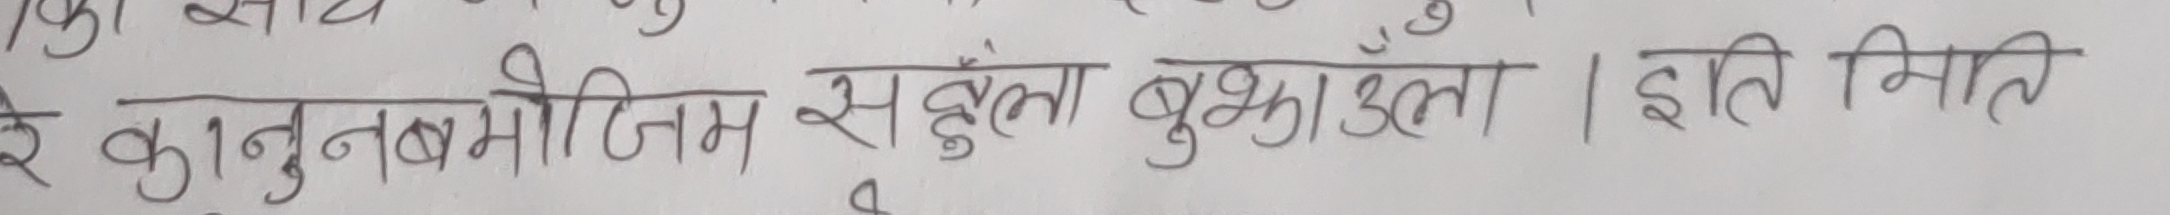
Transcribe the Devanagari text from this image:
ई कानुनबमोजिम सहुलत बुझाउदा । इति मिति